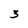
Character: 3